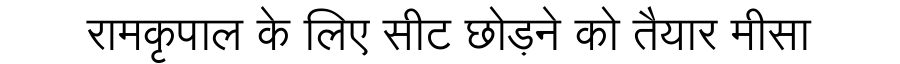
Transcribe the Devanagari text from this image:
रामकृपाल के लिए सीट छोड़ने को तैयार मीसा